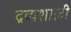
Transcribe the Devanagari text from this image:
द्रव्यशाली